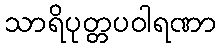
သာရိပုတ္တပဝါရဏာ